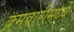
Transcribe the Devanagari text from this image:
क्र्मवारीमध्ये